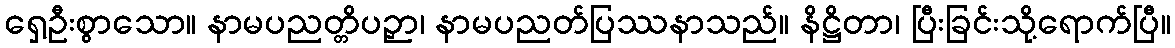
ရှေ့ဦးစွာသော။ နာမပညတ္တိပဉှာ၊ နာမပညတ်ပြဿနာသည်။ နိဋ္ဌိတာ၊ ပြီးခြင်းသို့ရောက်ပြီ။